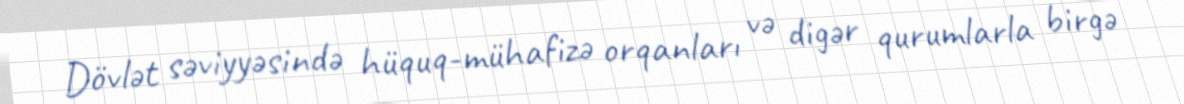
Dövlət səviyyəsində hüquq-mühafizə orqanları və digər qurumlarla birgə